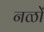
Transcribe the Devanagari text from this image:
नळों